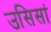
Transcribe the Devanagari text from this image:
उसिसां